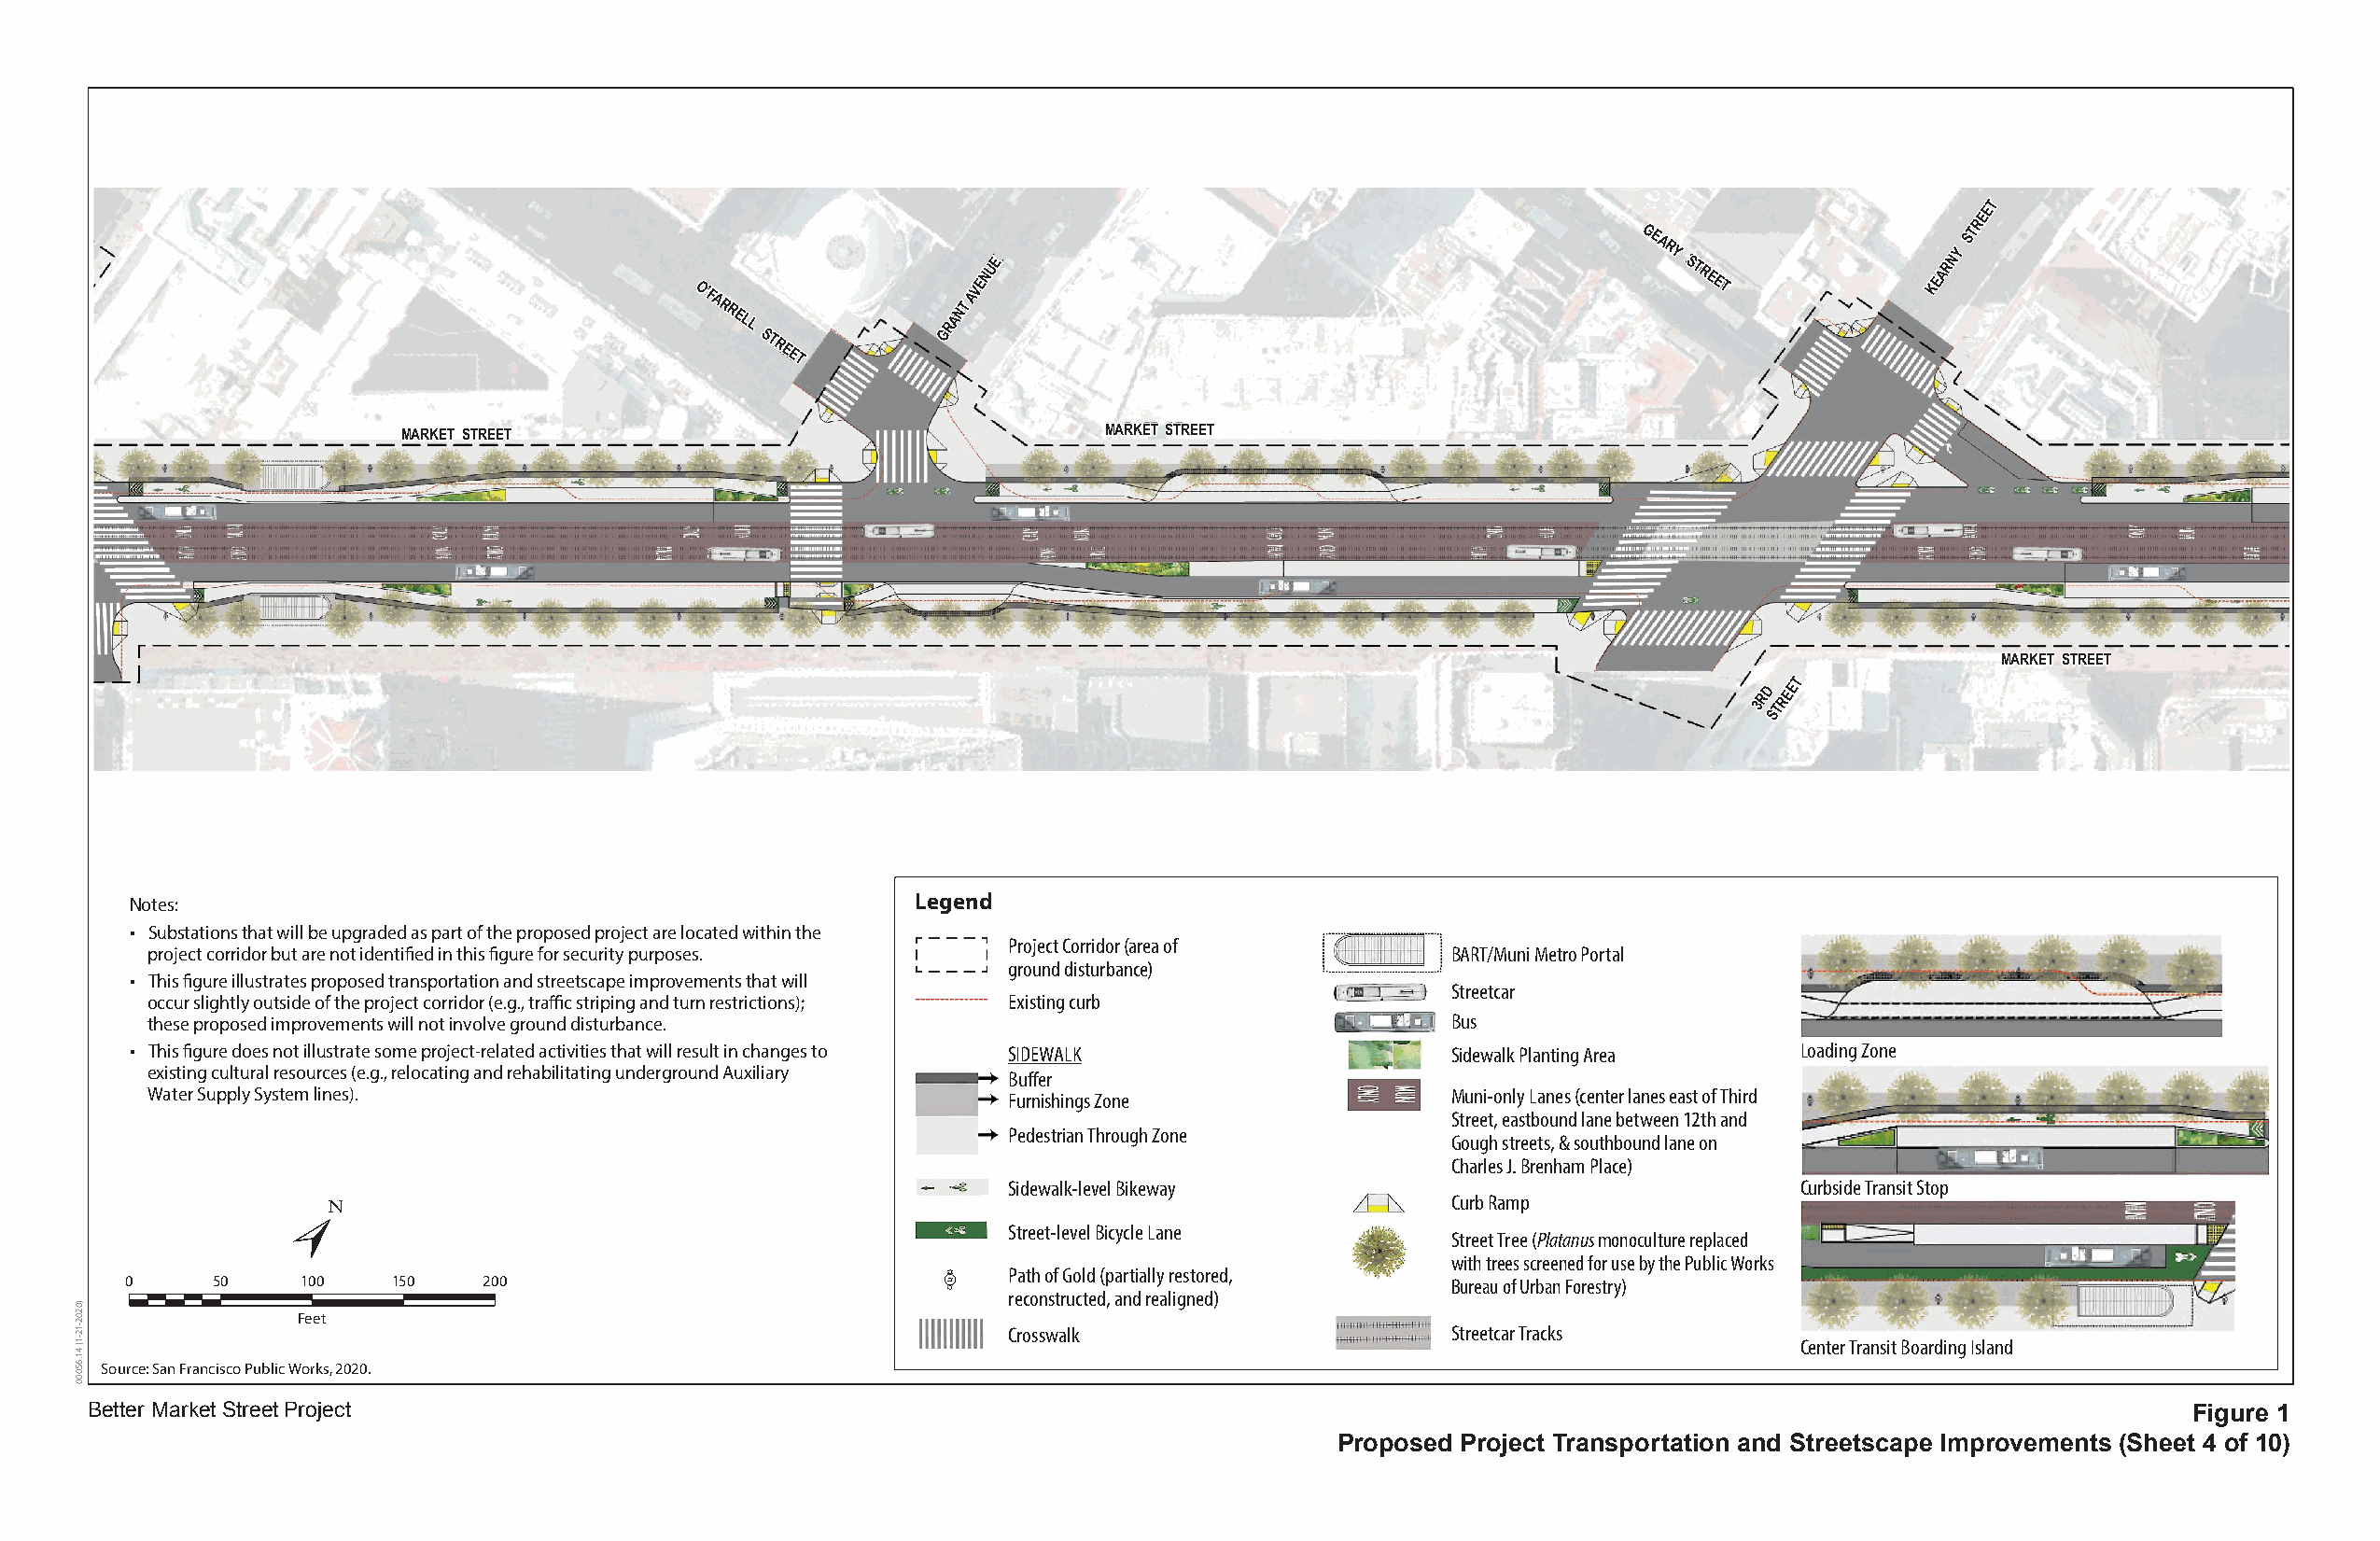
T
 E
 E
 R
 O’FARRELL
 STREET
 GRANT
 AVENUE
 GEARY
 STREET
 KEARNY
 ST
 MARKET STREET                                     MARKET STREET
 MARKET STREET
 T
 3RD TREE
 S
 Notes:                                                  Legend
 • Substations that will be upgraded as part of the proposed project are located within the
 Project Corridor (area of
 project corridor but are not identified in this figure for security purposes.                BART/Muni Metro Portal
 ground disturbance)
 • This figure illustrates proposed transportation and streetscape improvements that will
 Streetcar
 occur slightly outside of the project corridor (e.g., traffic striping and turn restrictions); Existing curb
 these proposed improvements will not involve ground disturbance.                             Bus
 • This figure does not illustrate some project-related activities that will result in changes to SIDEWALK Sidewalk Planting Area Loading Zone
 existing cultural resources (e.g., relocating and rehabilitating underground Auxiliary
 Buffer
 Water Supply System lines).                                   Furnishings Zone               Muni-only Lanes (center lanes east of Third
 Street, eastbound lane between 12th and
 Pedestrian Through Zone
 Gough streets, & southbound lane on
 Charles J. Brenham Place)
 Sidewalk-level Bikeway                                  Curbside Transit Stop
 Curb Ramp
 Street-level Bicycle Lane
 Street Tree (Platanus monoculture replaced
 with trees screened for use by the Public Works
 Path of Gold (partially restored,
 0     50    100    150   200                                                                  Bureau of Urban Forestry)
 reconstructed, and realigned)
 Feet
 Crosswalk                      Streetcar Tracks
 Center Transit Boarding Island
 Source: San Francisco Public Works, 2020.
 Better Market Street Project                                                                                                                          Figure 1
 Proposed Project Transportation and Streetscape Improvements (Sheet 4 of 10)
 )0202-12-1(
 41.65000